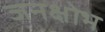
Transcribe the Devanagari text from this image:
जनक्षोभ